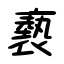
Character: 褻